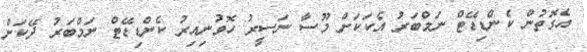
އެގޮތުން ކެންޑިޑޭޓް ނަމްބަރު އެކަކަށް މޫސާ ނަސީރު ހޮވުނިއިރު ކެންޑިޑޭޓް ނަމްބަރު ދޭކަށް